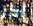
آخر